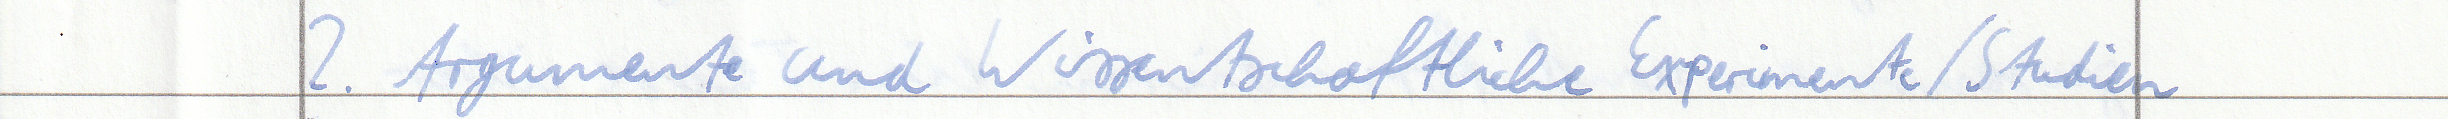
2. Argumente und Wissentschaftliche Experimente / Studien